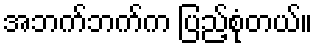
အဘက်ဘက်က ပြည့်စုံတယ်။